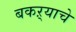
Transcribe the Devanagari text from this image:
बकऱ्याचे